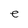
Character: e